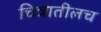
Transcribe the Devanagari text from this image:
चित्रातीलच